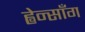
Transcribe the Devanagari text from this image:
ह्वेन्साँग